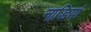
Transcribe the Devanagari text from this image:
नाडि़यां